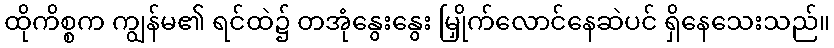
ထိုကိစ္စက ကျွန်မ၏ ရင်ထဲ၌ တအုံနွေးနွေး မြှိုက်လောင်နေဆဲပင် ရှိနေသေးသည်။